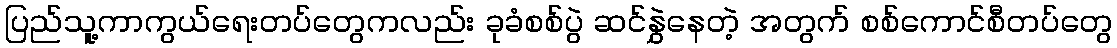
ပြည်သူ့ကာကွယ်ရေးတပ်တွေကလည်း ခုခံစစ်ပွဲ ဆင်နွှဲနေတဲ့ အတွက် စစ်ကောင်စီတပ်တွေ